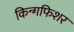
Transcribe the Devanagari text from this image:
किन्गफिशर